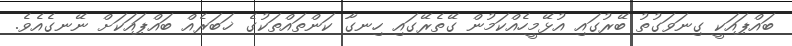
ބައްޕައަކީ ގިނަވަގުތު ބޭރުގައި އުޅޭމީހެއްކަމުން ގޭތެރޭގައި ހިނގާ ކަންތައްތަކުގެ ޚަބަރެއް ބައްޕައަކަށް ނޭނގެއެވެ.